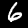
Label: 6